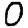
Digit: 0